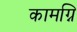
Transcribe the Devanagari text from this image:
कामग्नि